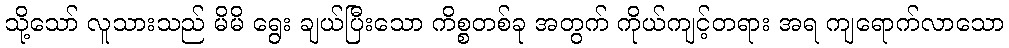
သို့သော် လူသားသည် မိမိ ရွေး ချယ်ပြီးသော ကိစ္စတစ်ခု အတွက် ကိုယ်ကျင့်တရား အရ ကျရောက်လာသော